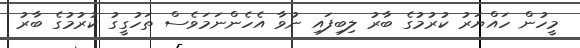
މީހުން ހައްޔަރު ކުރުމުގެ ބާރު ލިބިފައި ނުވާ އެހެންނަމަވެސް ތަހުގީގު ކުރުމުގެ ބާރު